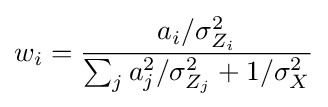
w_{i}={\frac {a_{i}/\sigma _{Z_{i}}^{2}}{\sum _{j}a_{j}^{2}/\sigma _{Z_{j}}^{2}+1/\sigma _{X}^{2}}}